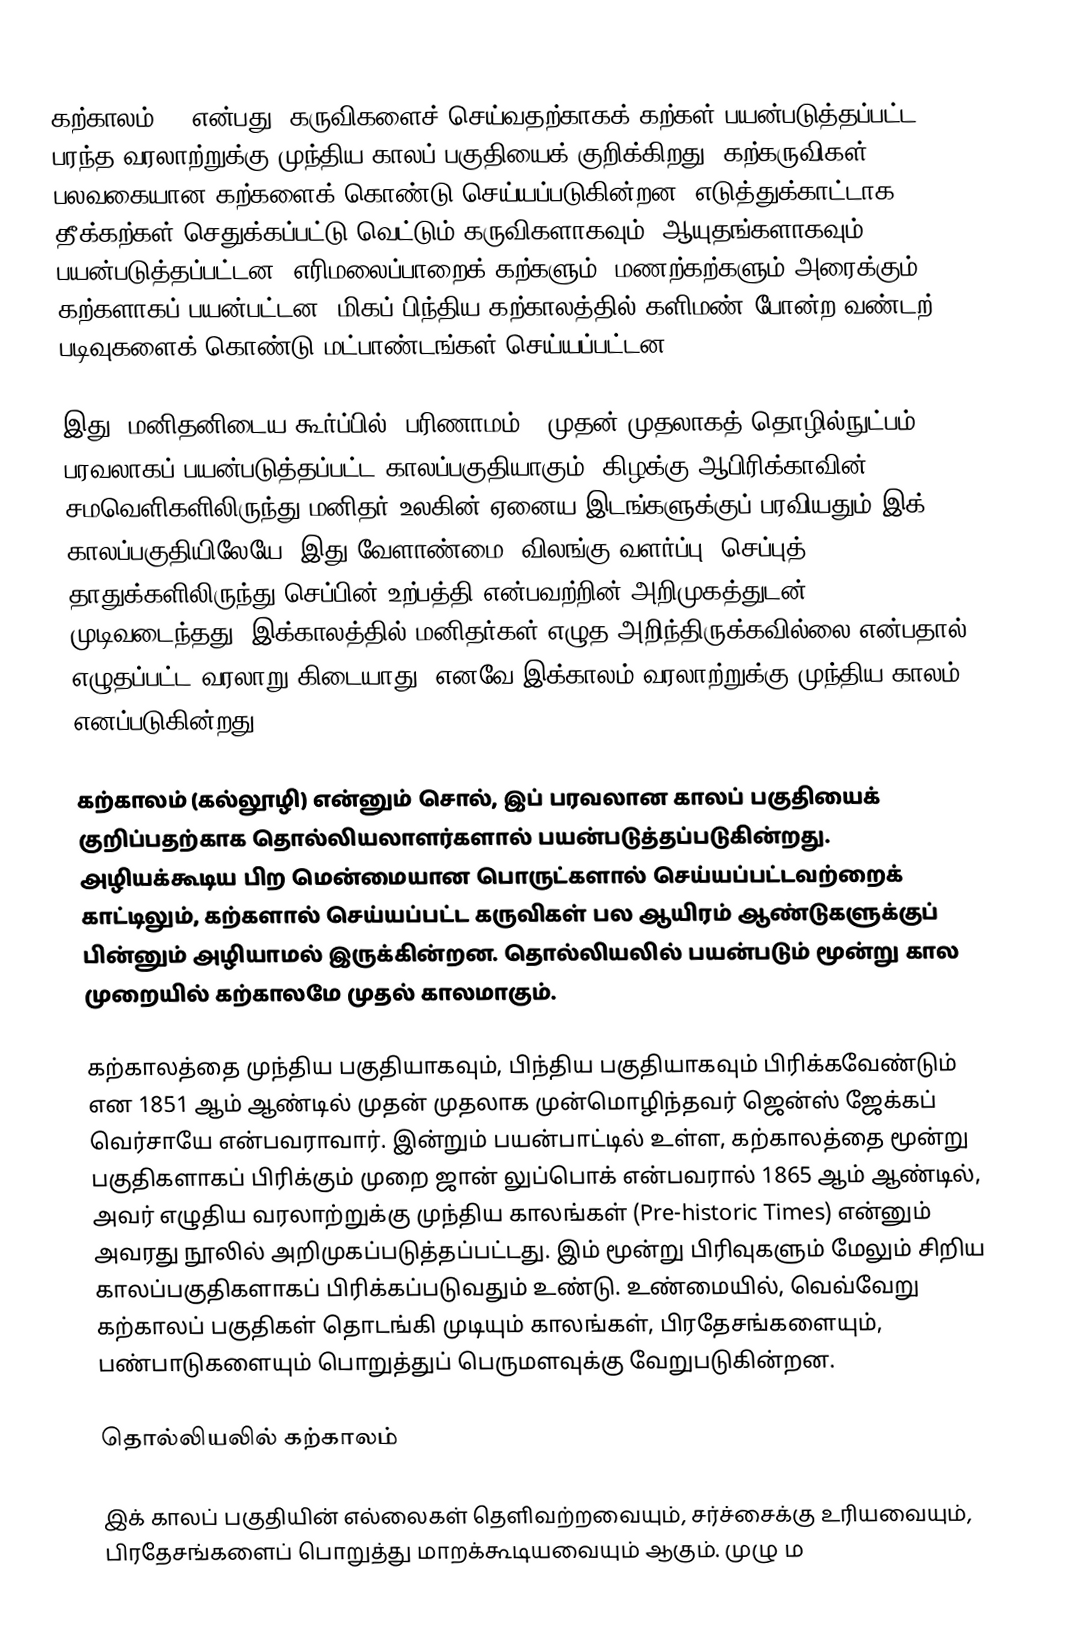
கற்காலம் () என்பது, கருவிகளைச் செய்வதற்காகக் கற்கள் பயன்படுத்தப்பட்ட பரந்த வரலாற்றுக்கு முந்திய காலப் பகுதியைக் குறிக்கிறது. கற்கருவிகள் பலவகையான கற்களைக் கொண்டு செய்யப்படுகின்றன. எடுத்துக்காட்டாக, தீக்கற்கள் செதுக்கப்பட்டு வெட்டும் கருவிகளாகவும், ஆயுதங்களாகவும் பயன்படுத்தப்பட்டன. எரிமலைப்பாறைக் கற்களும், மணற்கற்களும் அரைக்கும் கற்களாகப் பயன்பட்டன. மிகப் பிந்திய கற்காலத்தில் களிமண் போன்ற வண்டற் படிவுகளைக் கொண்டு மட்பாண்டங்கள் செய்யப்பட்டன.

இது, மனிதனிடைய கூர்ப்பில் (பரிணாமம்), முதன் முதலாகத் தொழில்நுட்பம் பரவலாகப் பயன்படுத்தப்பட்ட காலப்பகுதியாகும். கிழக்கு ஆபிரிக்காவின் சமவெளிகளிலிருந்து மனிதர் உலகின் ஏனைய இடங்களுக்குப் பரவியதும் இக் காலப்பகுதியிலேயே. இது வேளாண்மை, விலங்கு வளர்ப்பு, செப்புத் தாதுக்களிலிருந்து செப்பின் உற்பத்தி என்பவற்றின் அறிமுகத்துடன் முடிவடைந்தது. இக்காலத்தில் மனிதர்கள் எழுத அறிந்திருக்கவில்லை என்பதால் எழுதப்பட்ட வரலாறு கிடையாது. எனவே இக்காலம் வரலாற்றுக்கு முந்திய காலம் எனப்படுகின்றது.

கற்காலம் (கல்லூழி) என்னும் சொல், இப் பரவலான காலப் பகுதியைக் குறிப்பதற்காக தொல்லியலாளர்களால் பயன்படுத்தப்படுகின்றது. அழியக்கூடிய பிற மென்மையான பொருட்களால் செய்யப்பட்டவற்றைக் காட்டிலும், கற்களால் செய்யப்பட்ட கருவிகள் பல ஆயிரம் ஆண்டுகளுக்குப் பின்னும் அழியாமல் இருக்கின்றன. தொல்லியலில் பயன்படும் மூன்று கால முறையில் கற்காலமே முதல் காலமாகும்.

கற்காலத்தை முந்திய பகுதியாகவும், பிந்திய பகுதியாகவும் பிரிக்கவேண்டும் என 1851 ஆம் ஆண்டில் முதன் முதலாக முன்மொழிந்தவர் ஜென்ஸ் ஜேக்கப் வெர்சாயே என்பவராவார். இன்றும் பயன்பாட்டில் உள்ள, கற்காலத்தை மூன்று பகுதிகளாகப் பிரிக்கும் முறை ஜான் லுப்பொக் என்பவரால் 1865 ஆம் ஆண்டில், அவர் எழுதிய வரலாற்றுக்கு முந்திய காலங்கள் (Pre-historic Times) என்னும் அவரது நூலில் அறிமுகப்படுத்தப்பட்டது. இம் மூன்று பிரிவுகளும் மேலும் சிறிய காலப்பகுதிகளாகப் பிரிக்கப்படுவதும் உண்டு. உண்மையில், வெவ்வேறு கற்காலப் பகுதிகள் தொடங்கி முடியும் காலங்கள், பிரதேசங்களையும், பண்பாடுகளையும் பொறுத்துப் பெருமளவுக்கு வேறுபடுகின்றன.

தொல்லியலில் கற்காலம்

இக் காலப் பகுதியின் எல்லைகள் தெளிவற்றவையும், சர்ச்சைக்கு உரியவையும், பிரதேசங்களைப் பொறுத்து மாறக்கூடியவையும் ஆகும். முழு ம